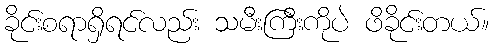
ခိုင်းစရာရှိရင်လည်း သမီးကြီးကိုပဲ ဖိခိုင်းတယ်။